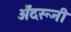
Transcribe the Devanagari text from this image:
अँदरूनी